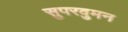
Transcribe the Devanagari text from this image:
सुपरवुमन